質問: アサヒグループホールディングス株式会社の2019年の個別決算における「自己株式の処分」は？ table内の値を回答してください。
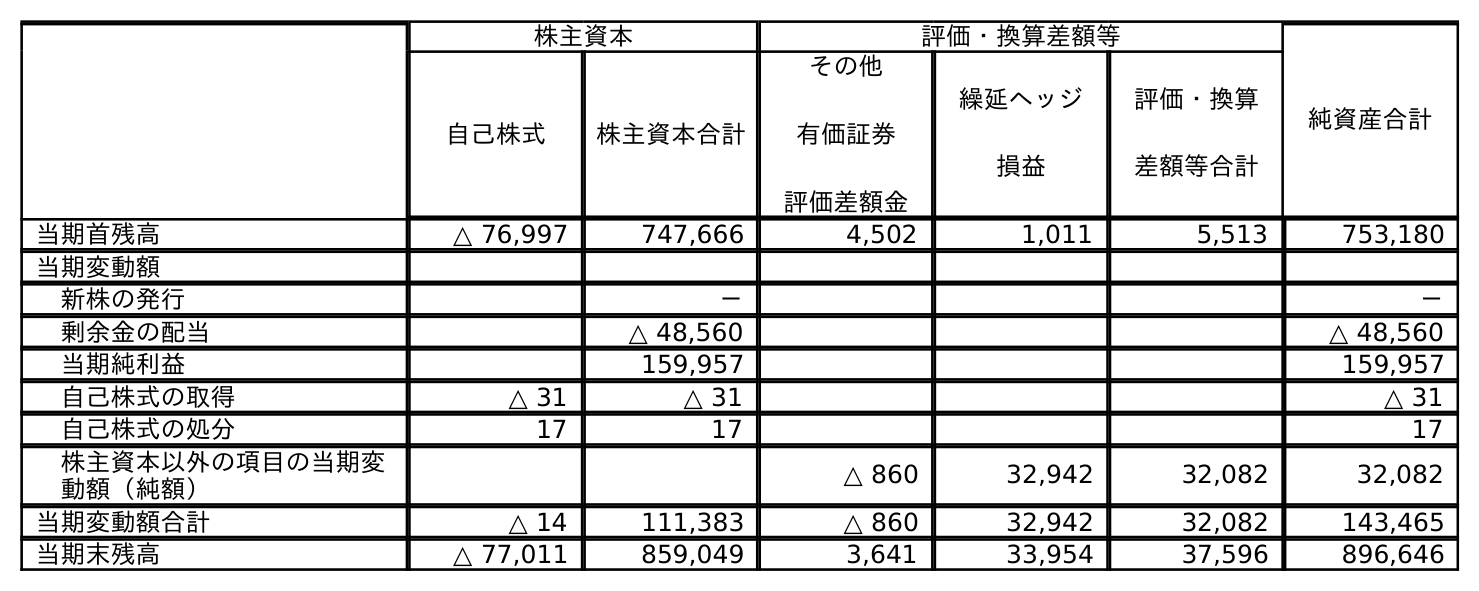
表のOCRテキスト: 株主資本 評価・換算差額等 純資産合計 自己株式 株主資本合計 その他 有価証券 評価差額金 繰延ヘッジ 損益 評価・換算 差額等合計 当期首残高 △ 76,997 747,666 4,502 1,011 5,513 753,180 当期変動額 新株の発行 － － 剰余金の配当 △ 48,560 △ 48,560 当期純利益 159,957 159,957 自己株式の取得 △ 31 △ 31 △ 31 自己株式の処分 17 17 17 株主資本以外の項目の当期変 動額（純額） △ 860 32,942 32,082 32,082 当期変動額合計 △ 14 111,383 △ 860 32,942 32,082 143,465 当期末残高 △ 77,011 859,049 3,641 33,954 37,596 896,646
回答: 17